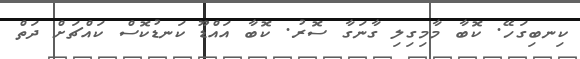
ކިނބިގަހޭ. ކޮބާ މާމިގިލި ގާނަގާ ސޮރު. ކޮބާ އައްޑޫ ކަނޑުކޮސް ކައްޗަށް ދަތް